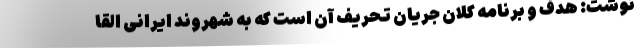
نوشت: هدف و برنامه کلان جریان تحریف آن است که به شهروند ایرانی القا